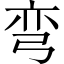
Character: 弯